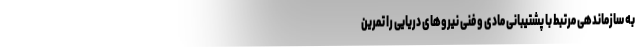
به سازماندهی مرتبط با پشتیبانی مادی و فنی نیروهای دریایی را تمرین